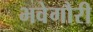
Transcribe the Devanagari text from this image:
भवेगौरी